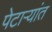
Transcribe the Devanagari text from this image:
पेटाऱ्यांत